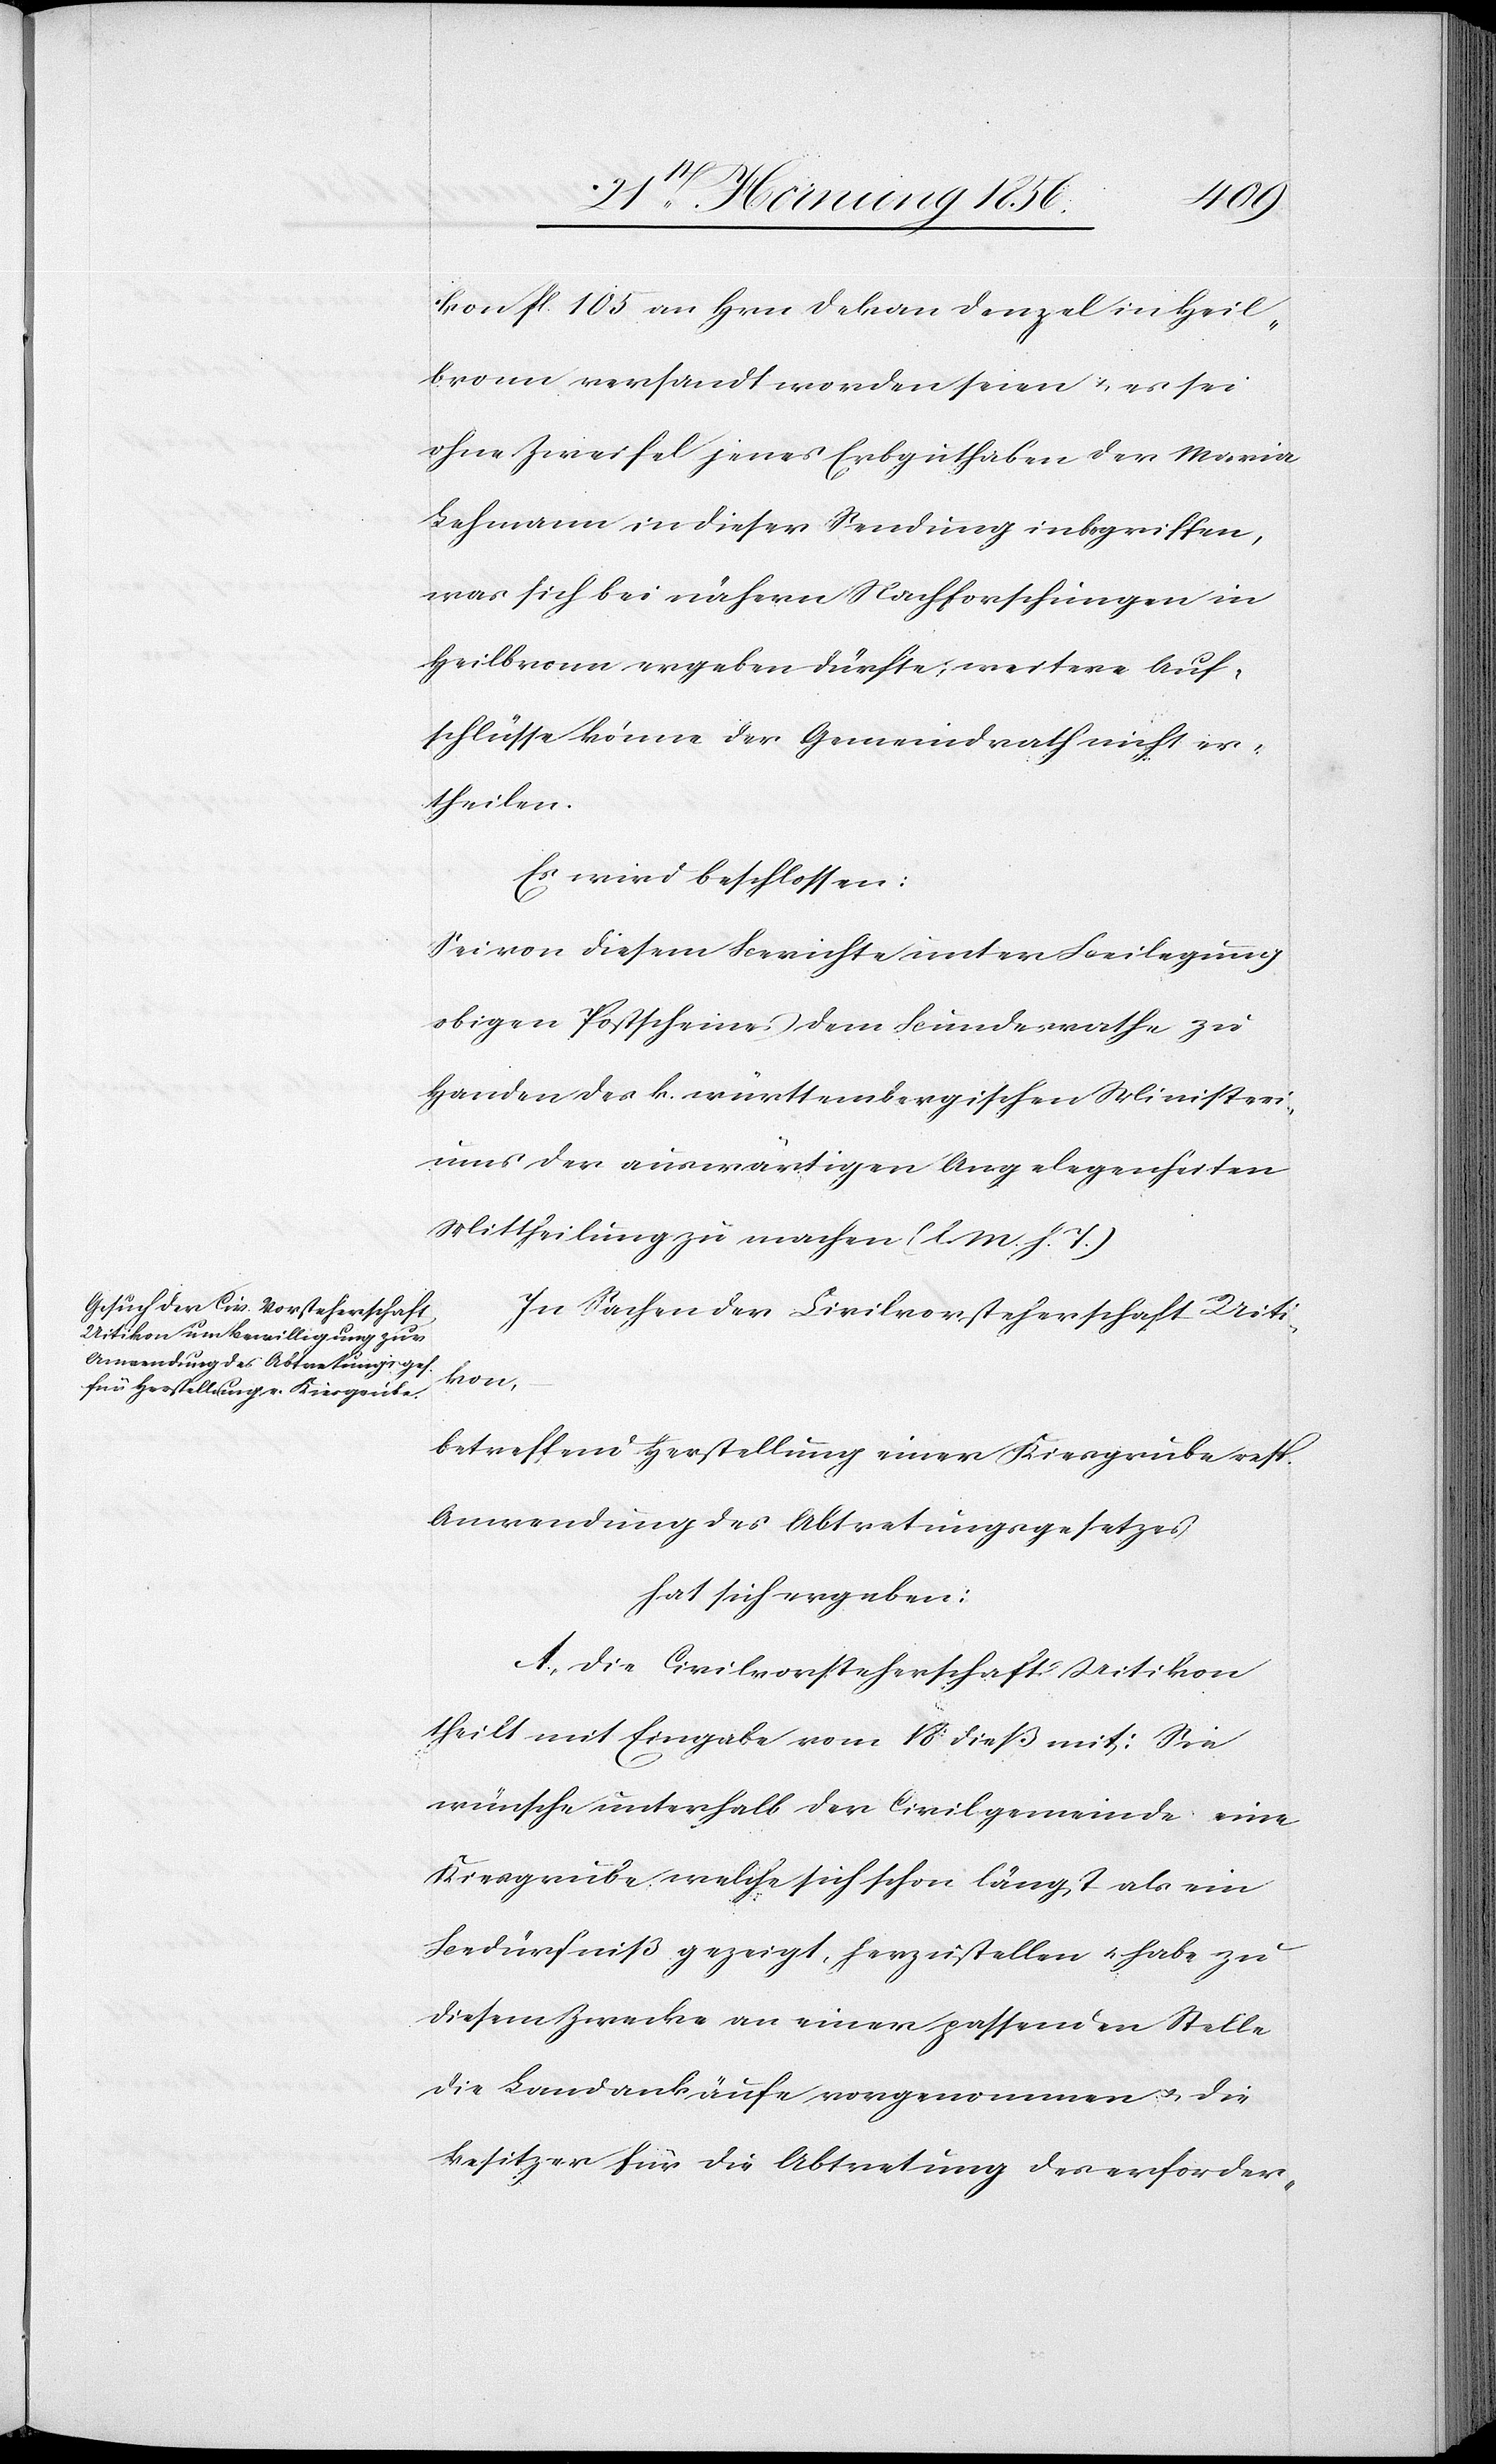
kon fl. 105 an Hrn Dekan Denzel in Heil¬
bronn versandt worden seien & es sei
ohne Zweifel jenes Erbguthaben der Maria
Lehmann in dieser Sendung inbegriffen,
was sich bei nähern Nachforschungen in
Heilbronn ergeben dürfte; weitere Auf¬
schlüsse könne der Gemeindrath nicht er¬
theilen.
Es wird beschlossen:
Sei von diesem Berichte unter Beilegung
obigen Postscheines dem Bundesrathe zu
Handen des k. württembergischen Ministeri¬
ums der auswärtigen Angelegenheiten
Mittheilung zu machen (l. M. h. T.)
In Sachen der Civilvorsteherschaft Uiti¬
kon,
betreffend Herstellung einer Kiesgrube resp.
Anwendung des Abtretungsgesetzes
hat sich ergeben:
A., Die Civilvorsteherschaft Uitikon
theilt mit Eingabe vom 18 dieß mit: Sie
wünsche unterhalb der Civilgemeinde eine
Kiesgrube welche sich schon längst als ein
Bedürfniß gezeigt, herzustellen u. habe zu
diesem Zwecke an einer passenden Stelle
die Landankäufe vorgenommen u. die
Besitzer für die Abtretung des erforder-